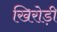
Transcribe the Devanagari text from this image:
खिरोड़ी